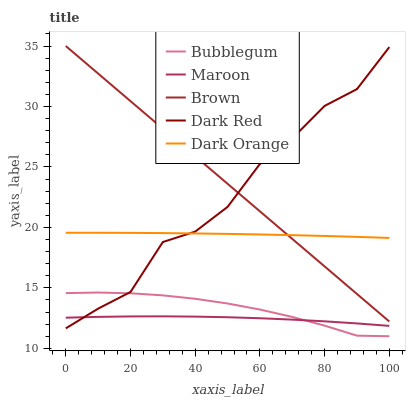
| xaxis_label | Bubblegum | Maroon | Brown | Dark Red | Dark Orange |
 | --- | --- | --- | --- | --- | --- |
 | 0 | 14.6 | 12.5 | 35 | 11.7 | 19.6 |
 | 10 | 14.6 | 12.6 | 32.7 | 13.3 | 19.6 |
 | 20 | 14.6 | 12.6 | 30.4 | 14.7 | 19.5 |
 | 30 | 14.4 | 12.6 | 28.2 | 18.8 | 19.5 |
 | 40 | 14.1 | 12.6 | 25.9 | 19.7 | 19.5 |
 | 50 | 13.7 | 12.6 | 23.6 | 21.7 | 19.5 |
 | 60 | 13.2 | 12.5 | 21.3 | 25.2 | 19.4 |
 | 70 | 12.6 | 12.4 | 19.1 | 27.4 | 19.4 |
 | 80 | 11.9 | 12.2 | 16.8 | 30 | 19.3 |
 | 90 | 11 | 12.1 | 14.5 | 31.4 | 19.2 |
 | 100 | 11 | 11.9 | 12.2 | 34.9 | 19.1 |